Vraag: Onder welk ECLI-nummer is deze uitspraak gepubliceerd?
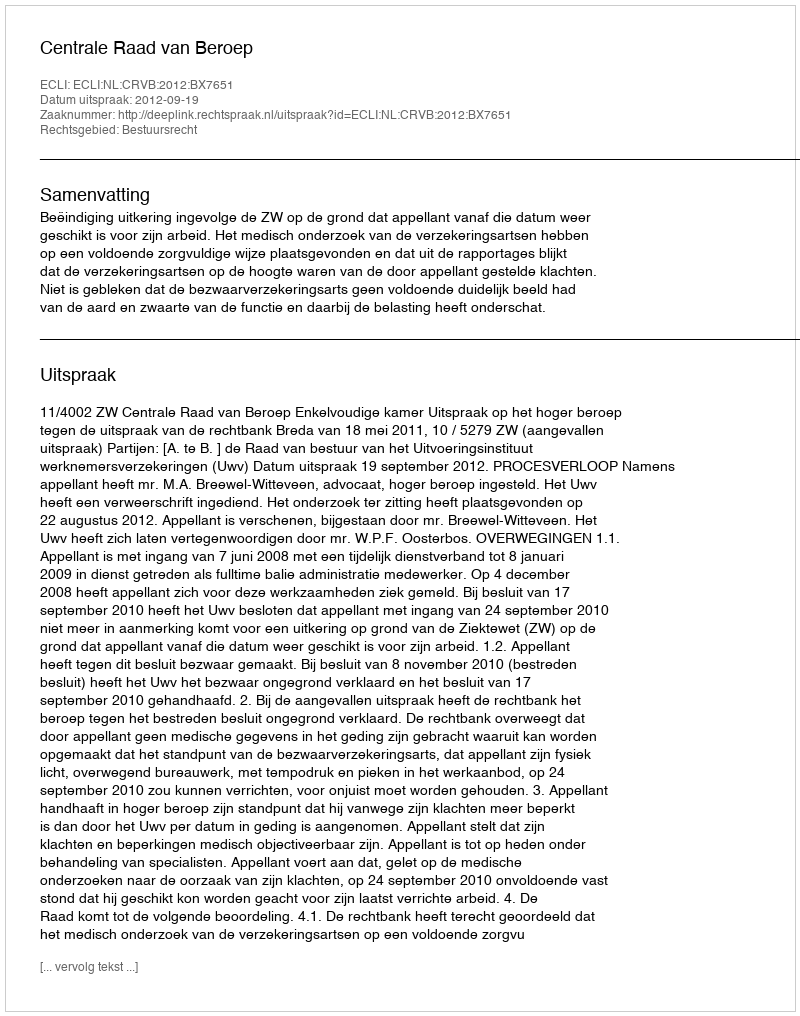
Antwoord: ECLI:NL:CRVB:2012:BX7651